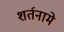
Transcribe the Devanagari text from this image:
शर्तनामे